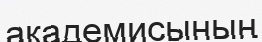
академисының